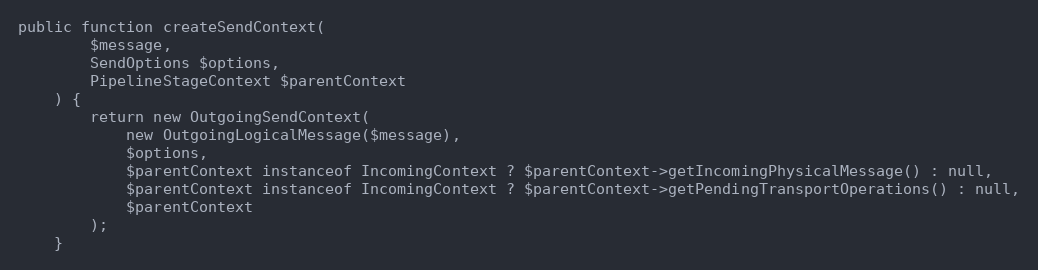
Language: PHP
public function createSendContext(
        $message,
        SendOptions $options,
        PipelineStageContext $parentContext
    ) {
        return new OutgoingSendContext(
            new OutgoingLogicalMessage($message),
            $options,
            $parentContext instanceof IncomingContext ? $parentContext->getIncomingPhysicalMessage() : null,
            $parentContext instanceof IncomingContext ? $parentContext->getPendingTransportOperations() : null,
            $parentContext
        );
    }